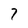
Character: 7